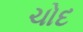
ચોદ